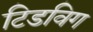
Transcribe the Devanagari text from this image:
टिडविग